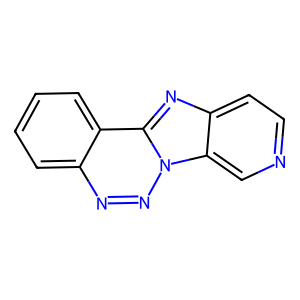
SMILES: c1ccc2c(c1)nnn1c3cnccc3nc21
Inhibits HIV replication: No